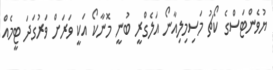
ޔުވެންޓަސްގެ ކޯޗު މަސިމިލިއާނޯ އަލެގްރީ ބުނީ މޮނާކޯ އަކީ ވަރަށް ވަރުގަދަ ޓީމެއް